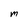
Character: M